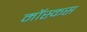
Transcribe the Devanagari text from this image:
मॉस्कस